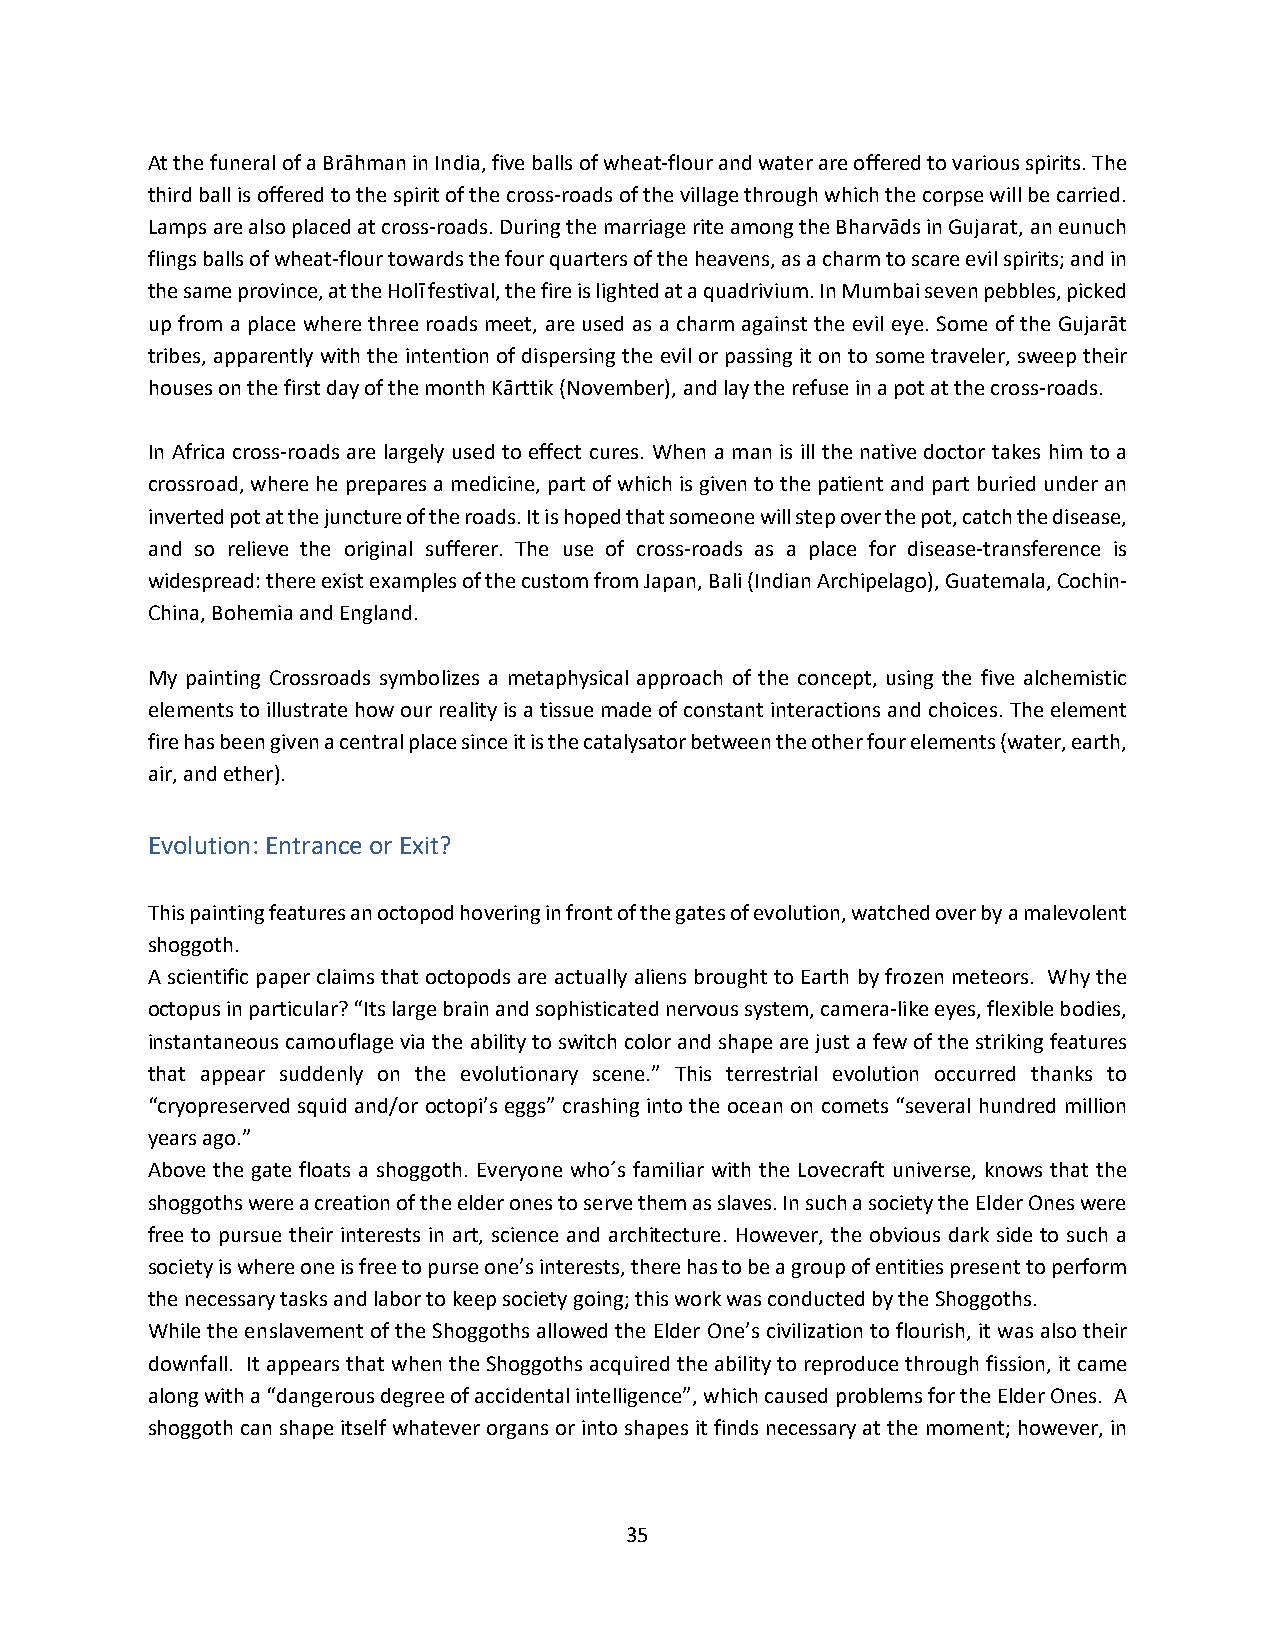
At the funeral of a Brāhman in India, five balls of wheat-flour and water are offered to various spirits. The
 third ball is offered to the spirit of the cross-roads of the village through which the corpse will be carried.
 Lamps are also placed at cross-roads. During the marriage rite among the Bharvāds in Gujarat, an eunuch
 flings balls of wheat-flour towards the four quarters of the heavens, as a charm to scare evil spirits; and in
 the same province, at the Holī festival, the fire is lighted at a quadrivium. In Mumbai seven pebbles, picked
 up from a place where three roads meet, are used as a charm against the evil eye. Some of the Gujarāt
 tribes, apparently with the intention of dispersing the evil or passing it on to some traveler, sweep their
 houses on the first day of the month Kārttik (November), and lay the refuse in a pot at the cross-roads.
 In Africa cross-roads are largely used to effect cures. When a man is ill the native doctor takes him to a
 crossroad, where he prepares a medicine, part of which is given to the patient and part buried under an
 inverted pot at the juncture of the roads. It is hoped that someone will step over the pot, catch the disease,
 and so relieve the original sufferer. The use of cross-roads as a place for disease-transference is
 widespread: there exist examples of the custom from Japan, Bali (Indian Archipelago), Guatemala, Cochin-
 China, Bohemia and England.
 My painting Crossroads symbolizes a metaphysical approach of the concept, using the five alchemistic
 elements to illustrate how our reality is a tissue made of constant interactions and choices. The element
 fire has been given a central place since it is the catalysator between the other four elements (water, earth,
 air, and ether).
 Evolution: Entrance or Exit?
 This painting features an octopod hovering in front of the gates of evolution, watched over by a malevolent
 shoggoth.
 A scientific paper claims that octopods are actually aliens brought to Earth by frozen meteors. Why the
 octopus in particular? “Its large brain and sophisticated nervous system, camera-like eyes, flexible bodies,
 instantaneous camouflage via the ability to switch color and shape are just a few of the striking features
 that appear suddenly on the evolutionary scene.” This terrestrial evolution occurred thanks to
 “cryopreserved squid and/or octopi’s eggs” crashing into the ocean on comets “several hundred million
 years ago.”
 Above the gate floats a shoggoth. Everyone who´s familiar with the Lovecraft universe, knows that the
 shoggoths were a creation of the elder ones to serve them as slaves. In such a society the Elder Ones were
 free to pursue their interests in art, science and architecture. However, the obvious dark side to such a
 society is where one is free to purse one’s interests, there has to be a group of entities present to perform
 the necessary tasks and labor to keep society going; this work was conducted by the Shoggoths.
 While the enslavement of the Shoggoths allowed the Elder One’s civilization to flourish, it was also their
 downfall. It appears that when the Shoggoths acquired the ability to reproduce through fission, it came
 along with a “dangerous degree of accidental intelligence”, which caused problems for the Elder Ones. A
 shoggoth can shape itself whatever organs or into shapes it finds necessary at the moment; however, in
 35